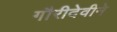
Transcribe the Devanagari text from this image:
गौरीदेवीने